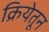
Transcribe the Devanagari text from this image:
क्रियेतून